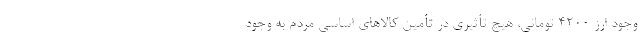
وجود ارز ۴۲۰۰ تومانی، هیچ تأثیری در تأمین کالاهای اساسی مردم به وجود